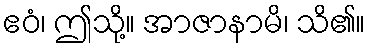
ဧဝံ၊ ဤသို့။ အာဇာနာမိ၊ သိ၏။